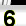
Digit: 6